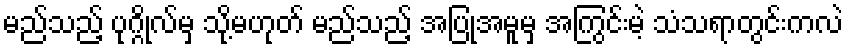
မည်သည့် ပုဂ္ဂိုလ်မှ သို့မဟုတ် မည်သည့် အပြုအမူမှ အကြွင်းမဲ့ သံသရာတွင်းကလဲ